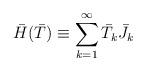
LaTeX: \begin{align*}\bar H(\bar T) \equiv \sum_{k=1}^{\infty} \bar T_{k}\bar J_{k}\end{align*}